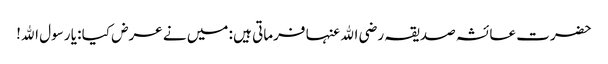
حضرت عائشہ صدیقہ رضی اﷲ عنہا فرماتی ہیں : میں نے عرض کیا : یا رسول اﷲ!